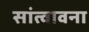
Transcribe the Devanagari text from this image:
सांत्वावना